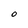
Character: O